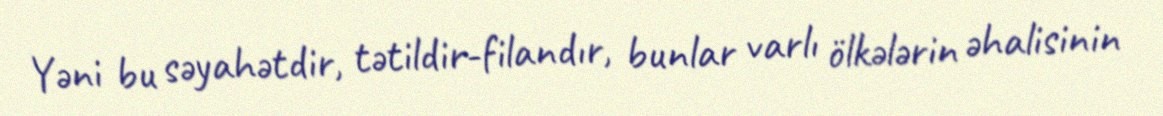
Yəni bu səyahətdir, tətildir-filandır, bunlar varlı ölkələrin əhalisinin